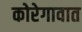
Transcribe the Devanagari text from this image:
कोरेगावात